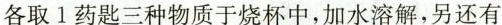
各取1药匙三种物质于烧杯中，加水溶解，另还有